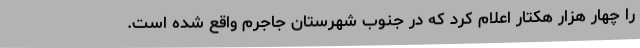
را چهار هزار هکتار اعلام کرد که در جنوب شهرستان جاجرم واقع شده است.